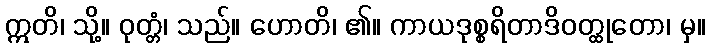
ဣတိ၊ သို့။ ဝုတ္တံ၊ သည်။ ဟောတိ၊ ၏။ ကာယဒုစ္စရိတာဒိဝတ္ထုတော၊ မှ။